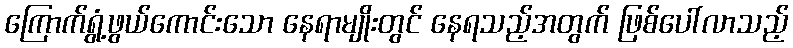
ကြောက်ရွံ့ဖွယ်ကောင်းသော နေရာမျိုးတွင် နေရသည့်အတွက် ဖြစ်ပေါ်လာသည့်